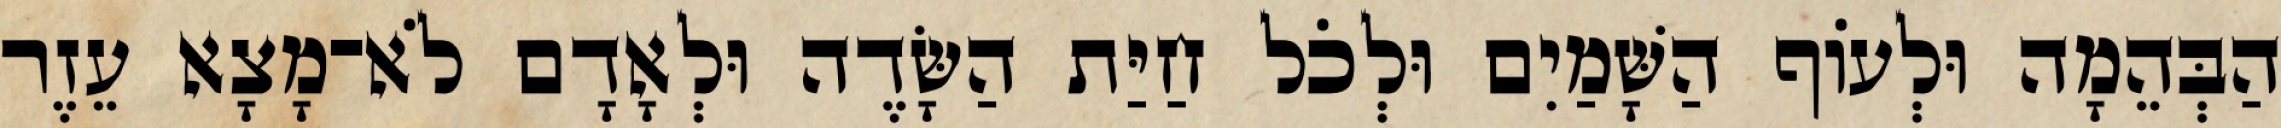
הַבְּהֵמָה וּלְעֹוף הַשָּׁמַיִם וּלְכֹל חַיַּת הַשָּׂדֶה וּלְאָדָם לֹא־מָצָא עֵזֶר